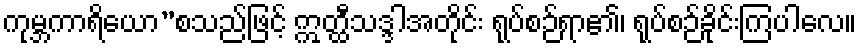
ကုမ္ဘကာရိယော”စသည်ဖြင့် ဣတ္ထီသဒ္ဒါအတိုင်း ရုပ်စဉ်ရာ၏၊ ရုပ်စဉ်ခိုင်းကြပါလေ။